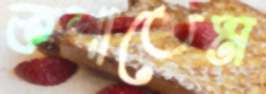
কশাতেম